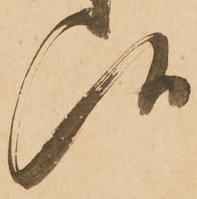
候